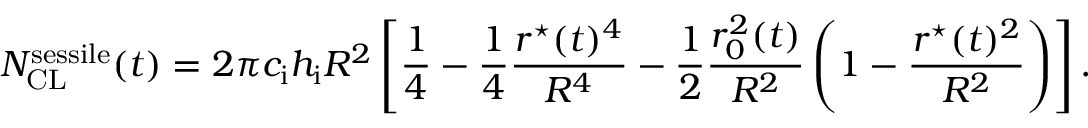
N _ { \mathrm { C L } } ^ { \mathrm { s e s s i l e } } ( t ) = 2 \pi c _ { \mathrm { i } } h _ { \mathrm { i } } R ^ { 2 } \left[ \frac { 1 } { 4 } - \frac { 1 } { 4 } \frac { r ^ { \star } ( t ) ^ { 4 } } { R ^ { 4 } } - \frac { 1 } { 2 } \frac { r _ { 0 } ^ { 2 } ( t ) } { R ^ { 2 } } \left( 1 - \frac { r ^ { \star } ( t ) ^ { 2 } } { R ^ { 2 } } \right) \right] .